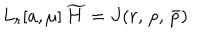
L _ { r } [ a , \mu ] \, \widetilde { H } = J ( r , \, p , \, \bar { p } )